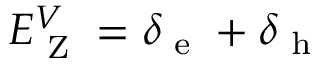
E _ { \textrm { Z } } ^ { V } = \delta _ { \textrm { e } } + \delta _ { \textrm { h } }